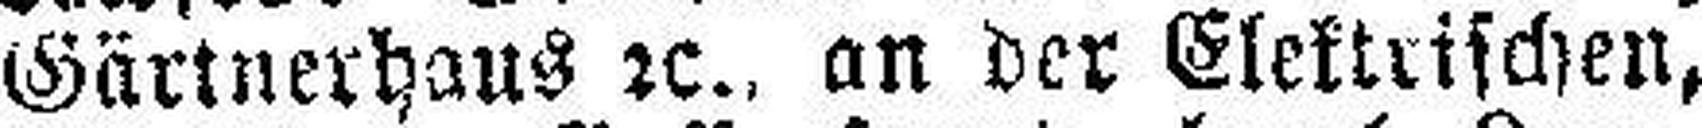
Gärtnerhaus 2c.. an der Elektrischen,